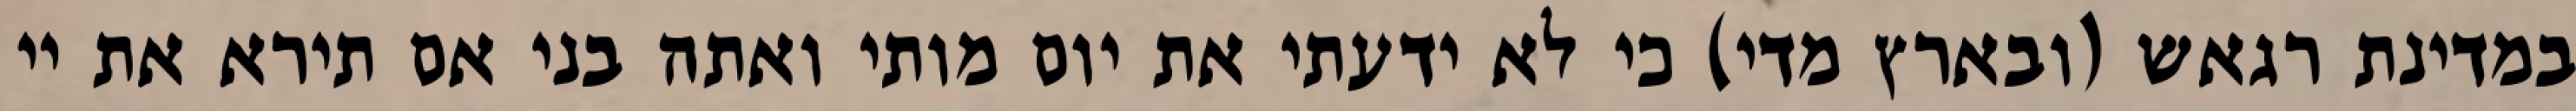
במדינת רגאש (ובארץ מדי) כי לא ידעתי את יום מותי ואתה בני אם תירא את יי